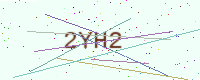
Text: 2YH2